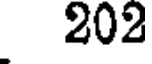
202